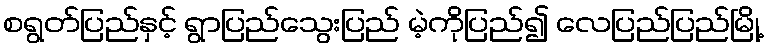
စရွတ်ပြည်နှင့် ရွာပြည်သွေးပြည် မဲ့ကိုပြည်၍ လေပြည်ပြည်မြို့